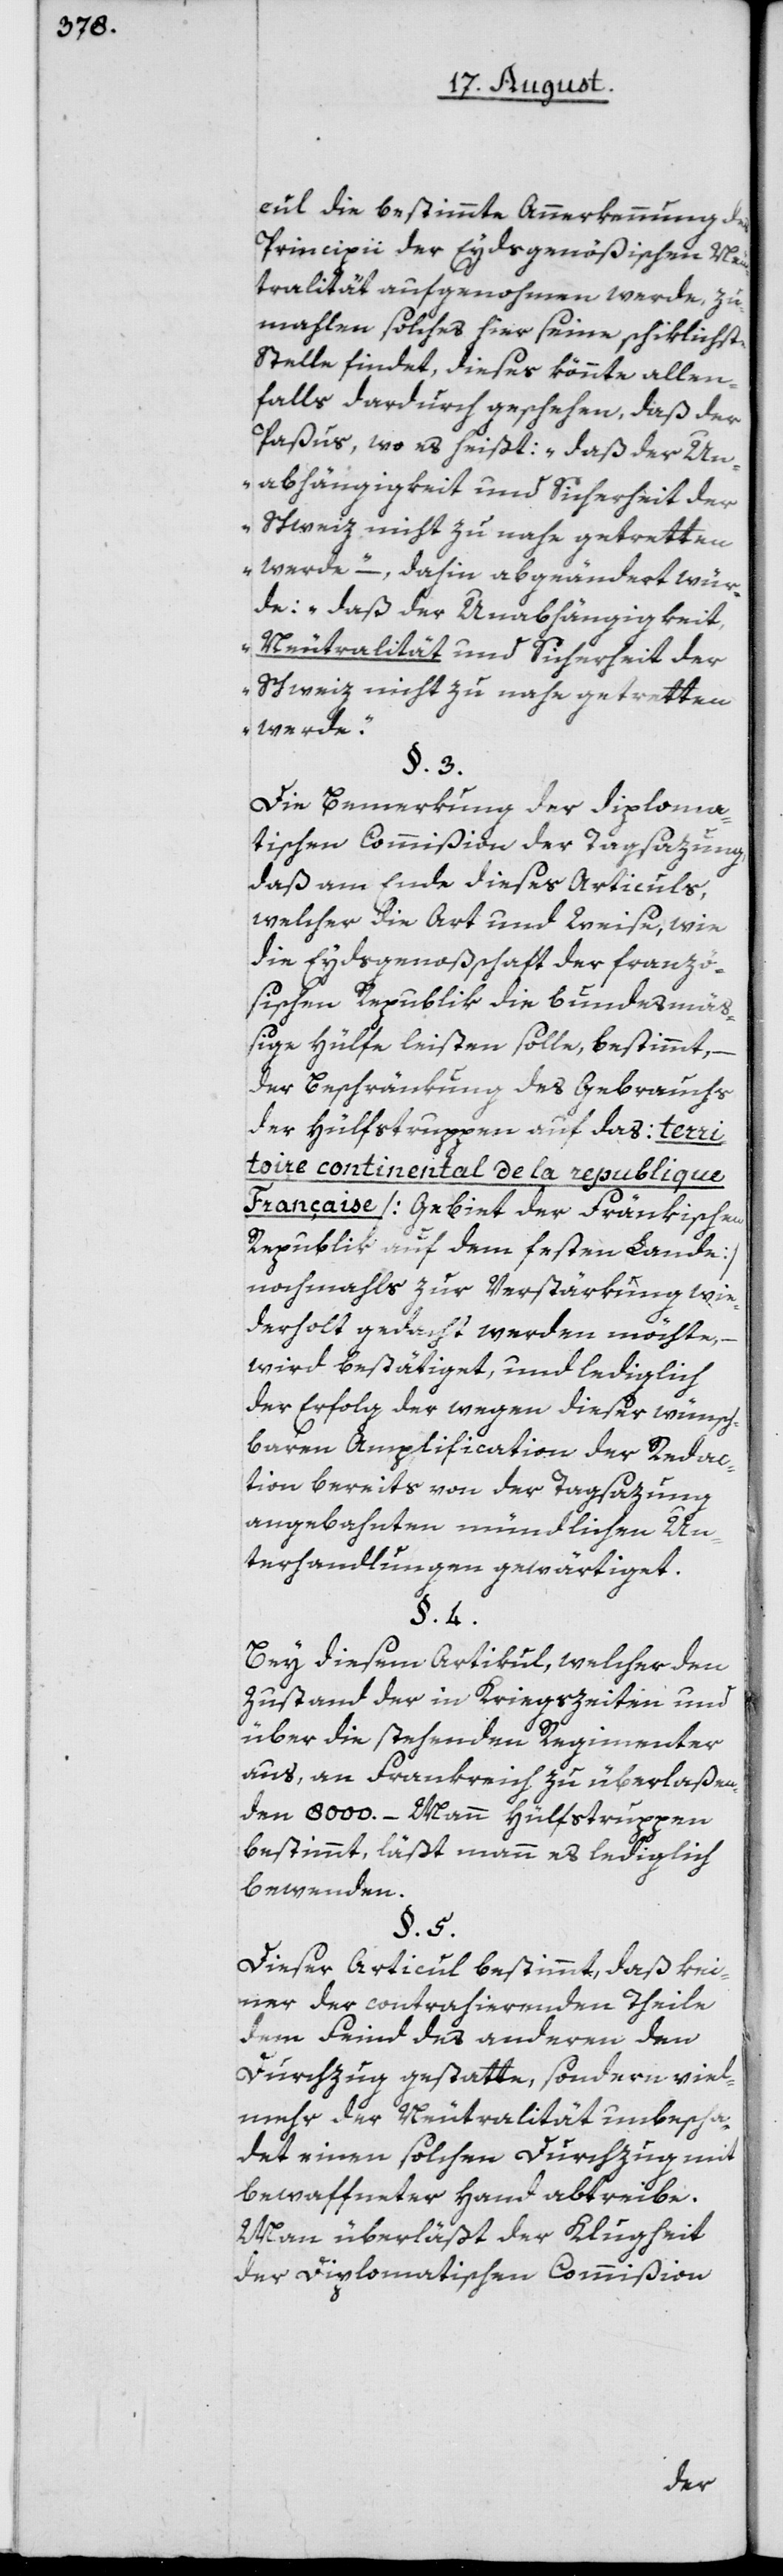
cul die bestimmte Anerkennung des
Principii der Eydsgenößischen Neu¬
tralität aufgenohmen werde, zu¬
mahlen solches hier seine schiklichste
Stelle findet, dieses könnte allen¬
falls dardurch geschehen, daß der
Paßus, wo es heißt: „daß der Un¬
abhängigkeit und Sicherheit der
Schweiz nicht zu nahe getretten
werde“ –, dahin abgändert wür¬
de: „daß der Unabhängigkeit,
Neutralität und Sicherheit der
Schweiz nicht zu nahe getretten
werde.“
§. 3.
Die Bemerkung der diploma¬
tischen Commißion der Tagsazung,
daß am Ende dieses Articuls,
welcher die Art und Weise, wie
die Eydsgenoßschaft der franzö¬
sischen Republik die bundesmä¬
ßige Hülfe leisten solle, bestimmt,
der Beschränkung des Gebrauchs
der Hilfstrupppen auf das: terri¬
toire continental de la republique
Française [Gebiet der Fränkischen
Republik auf dem festen Lande]
nochmahls zur Verstärkung wie¬
derholt gedacht werden möchte, –
wird bestätiget, und lediglich
der Erfolg der wegen dieser wünsch¬
baren Amplification der Redac¬
tion bereits von der Tagsazung
angebahnten mündlichen Un¬
terhandlungen gewärtiget.
§. 4.
Bey diesem Artikul, welcher den
Zustand der in Kriegszeiten und
über die stehenden Regimenter
aus, an Frankreich zu überlaßen¬
den 8000. Mann Hülfstruppen
bestimmt, läßt man es lediglich
bewenden.
§. 5.
Dieser Articul bestimmt, daß kei¬
ner der contrahierenden Theile
dem Feind des anderen den
Durchzug gestatte, sondern viel¬
mehr der Neutralität unbescha¬
det einen solchen Durchzug mit
bewaffneter Hand abtreibe.
Man überläßt der Klugheit
der Diplomatischen Commißion